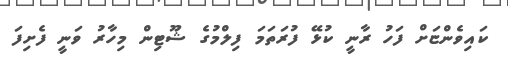
ކައިވެންޏަށް ފަހު ރާނީ ކުޅޭ ފުރަތަމަ ފިލްމުގެ ޝޫޓިން މިހާރު ވަނީ ފެށިފަ